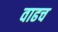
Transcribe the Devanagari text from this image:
वाढच